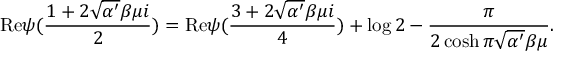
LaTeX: \mathrm { R e } \psi ( \frac { 1 + 2 \sqrt { \alpha ^ { \prime } } \beta \mu i } { 2 } ) = \mathrm { R e } \psi ( \frac { 3 + 2 \sqrt { \alpha ^ { \prime } } \beta \mu i } { 4 } ) + \log 2 - \frac { \pi } { 2 \cosh \pi \sqrt { \alpha ^ { \prime } } \beta \mu } .